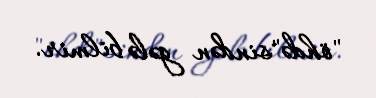
"öhdə"sindən gələ bilmir.